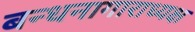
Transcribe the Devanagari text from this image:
बन्धनागाराध्यक्ष